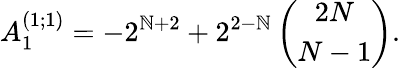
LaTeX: A_{1}^{(1;1)}=-2^{\mathbb{N}+2}+2^{2-\mathbb{N}}\left(\begin{array}{c}{{2N}}\\ {{N-1}}\end{array}\right).